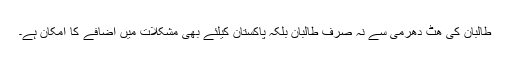
طالبان کی ھٹ دھرمی سے نہ صرف طالبان بلکہ پاکستان کیلئے بھی مشکلات میں اضافے کا امکان ہے۔